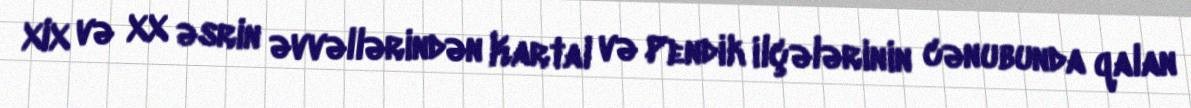
XIX və XX əsrin əvvəllərindən Kartal və Pendik ilçələrinin cənubunda qalan